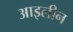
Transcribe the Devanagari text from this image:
आइलीन